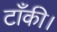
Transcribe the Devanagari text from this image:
टाँकी।